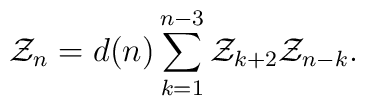
{\cal Z}_n=d(n)\sum_{k=1}^{n-3}{\cal Z}_{k+2}{\cal Z}_{n-k}.